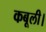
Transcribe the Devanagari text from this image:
कबूली।